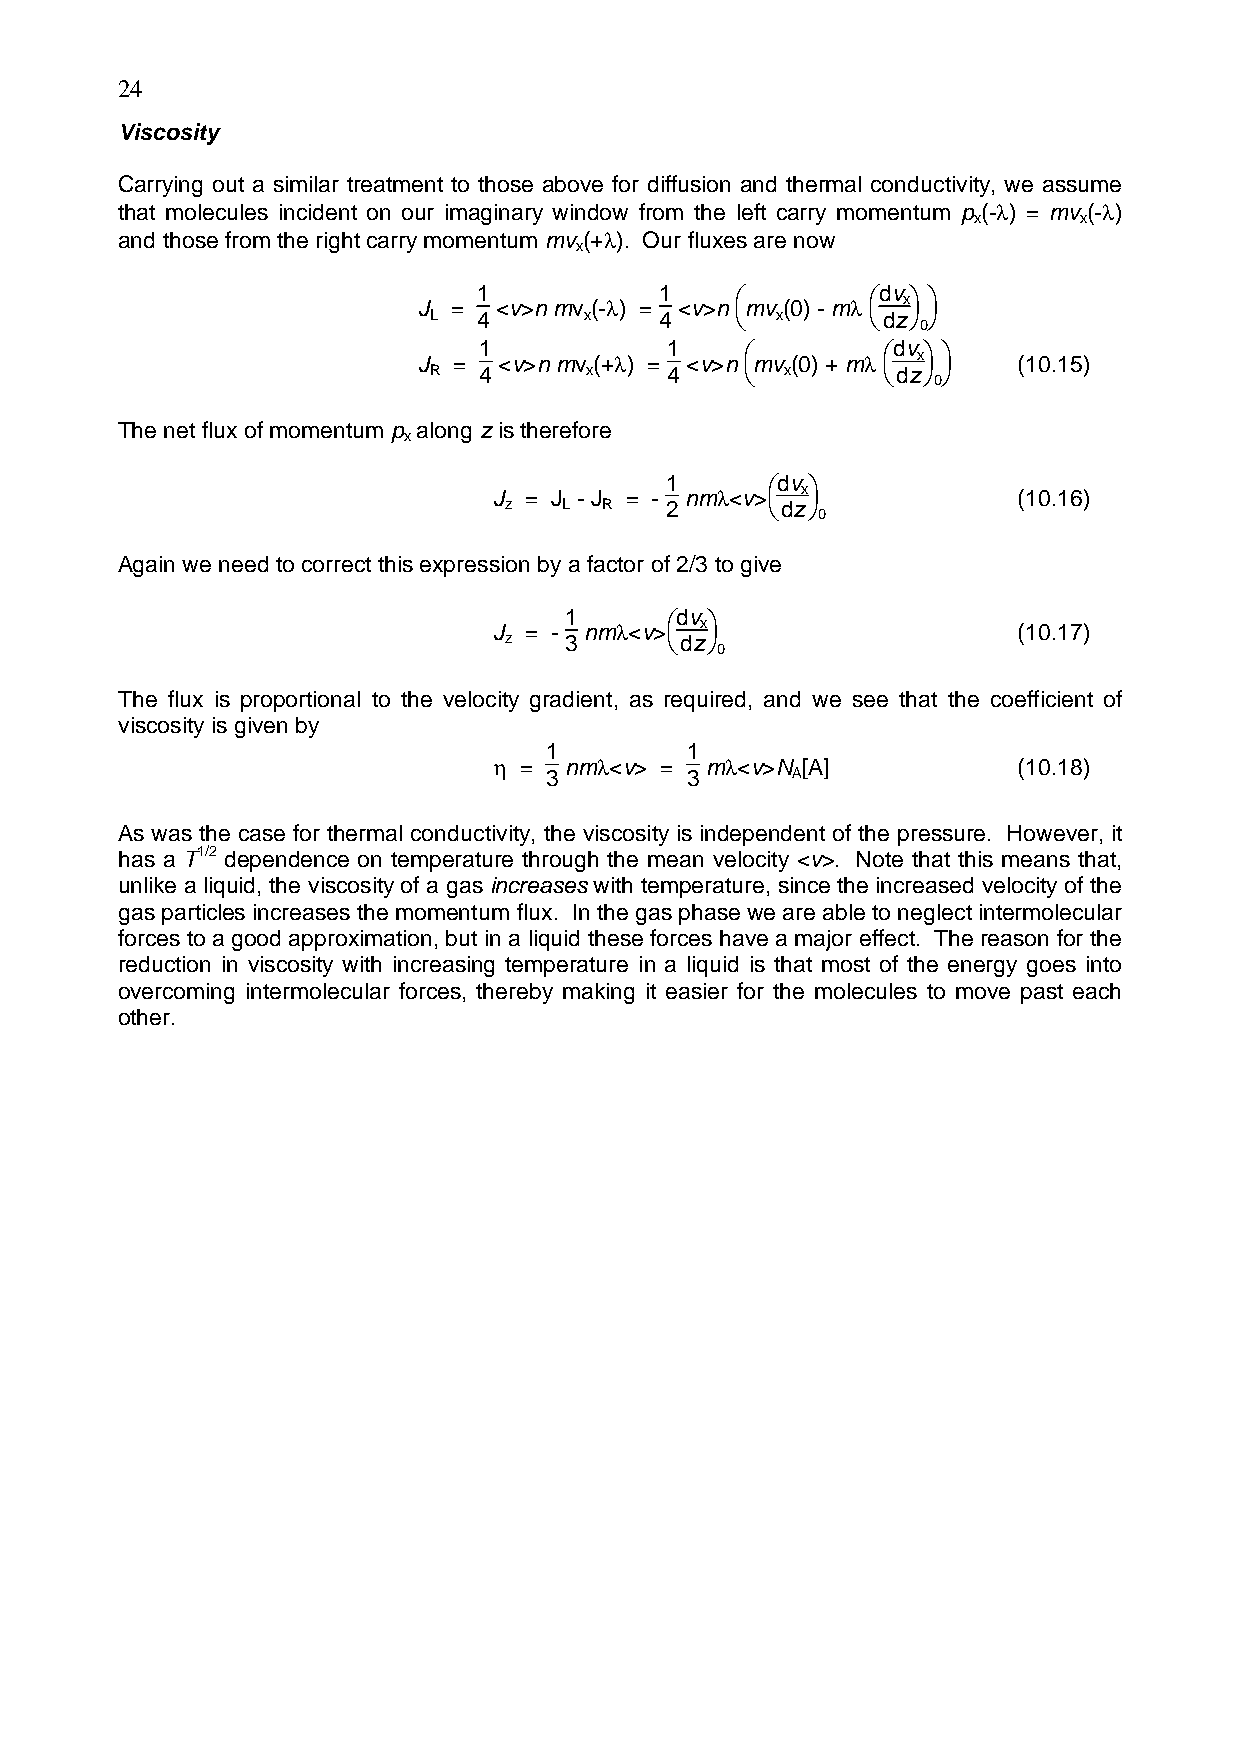
24
 Viscosity
 Carrying out a similar treatment to those above for diffusion and thermal conductivity, we assume
 that molecules incident on our imaginary window from the left carry momentum p (-λ) = mv (-λ)
 x      x
 and those from the right carry momentum mv (+λ). Our fluxes are now
 x
 J =
 1
 <v>n mv (-λ) =
 1
 <v>n
 ⎛
 mv (0) - mλ
 ⎛dv x⎞ ⎞
 L   4      x    4    ⎝ x      ⎝dz⎠ ⎠
 0
 J =
 1
 <v>n mv (+λ) =
 1
 <v>n
 ⎛
 mv (0) + mλ
 ⎛dv x⎞ ⎞
 (10.15)
 R   4      x    4    ⎝  x     ⎝dz⎠ ⎠
 0
 The net flux of momentum p along z is therefore
 x
 J = J - J = -
 1 nmλ<v>⎛dv x⎞
 (10.16)
 z   L  R   2      ⎝dz⎠
 0
 Again we need to correct this expression by a factor of 2/3 to give
 J = -
 1 nmλ<v>⎛dv x⎞
 (10.17)
 z   3      ⎝dz⎠
 0
 The flux is proportional to the velocity gradient, as required, and we see that the coefficient of
 viscosity is given by
 1        1
 η = nmλ<v> =  mλ<v>N [A]          (10.18)
 3        3      A
 As was the case for thermal conductivity, the viscosity is independent of the pressure. However, it
 has a T1/2 dependence on temperature through the mean velocity <v>. Note that this means that,
 unlike a liquid, the viscosity of a gas increases with temperature, since the increased velocity of the
 gas particles increases the momentum flux. In the gas phase we are able to neglect intermolecular
 forces to a good approximation, but in a liquid these forces have a major effect. The reason for the
 reduction in viscosity with increasing temperature in a liquid is that most of the energy goes into
 overcoming intermolecular forces, thereby making it easier for the molecules to move past each
 other.